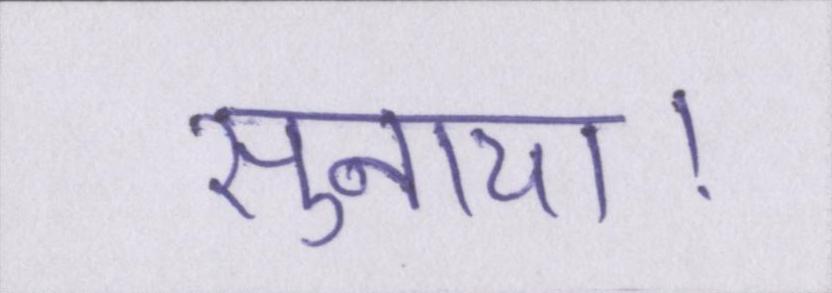
सुनाया।